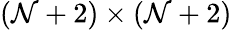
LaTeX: (\mathcal{N}+2)\times(\mathcal{N}+2)